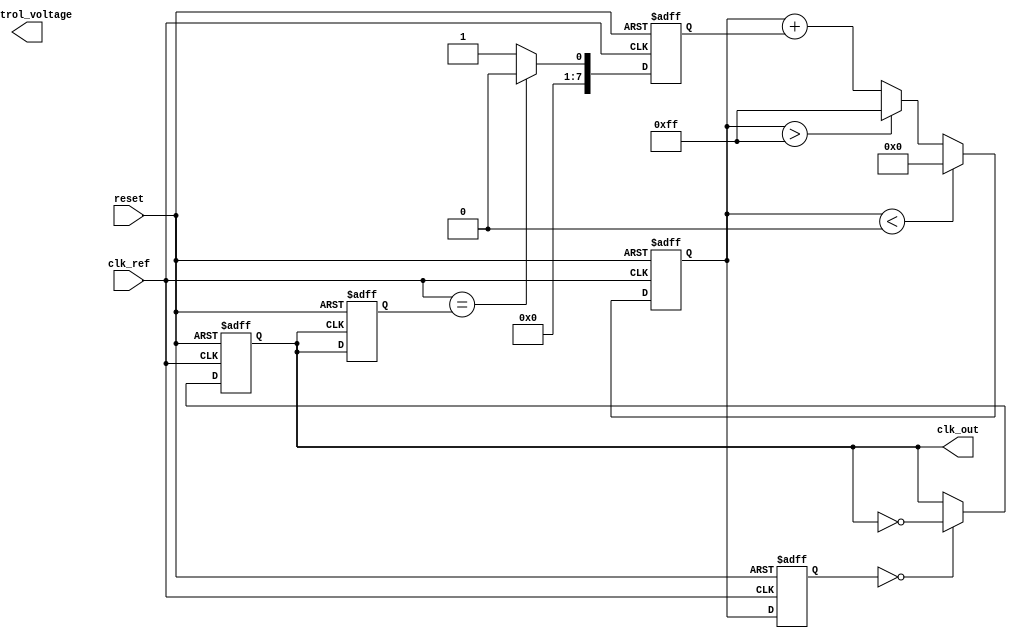
module pll_type2 (
    input wire clk_ref,          // Reference clock input
    input wire reset,            // Asynchronous reset
    output reg clk_out,          // Output clock
    output reg [7:0] control_voltage // Control voltage for VCO (for simplicity)
);

// Parameters
parameter N = 8;                // Frequency divider value
parameter Kp = 1;               // Proportional gain for phase detector
parameter Ki = 1;               // Integral gain for loop filter
parameter VCO_MAX = 255;        // Maximum control voltage
parameter VCO_MIN = 0;          // Minimum control voltage

// Internal signals
reg [7:0] phase_error;          // Phase error signal
reg [7:0] integral;             // Integral value for loop filter
reg clk_feedback;               // Feedback clock signal
reg [7:0] vco_output;           // VCO output frequency

// Phase Detector (PD)
always @(posedge clk_ref or posedge reset) begin
    if (reset) begin
        phase_error <= 0;
    end else begin
        // Simple phase comparison (for demonstration)
        if (clk_ref == clk_feedback) begin
            phase_error <= 0; // No phase error
        end else begin
            phase_error <= Kp; // Phase error detected
        end
    end
end

// Loop Filter (LF)
always @(posedge clk_ref or posedge reset) begin
    if (reset) begin
        integral <= 0;
    end else begin
        integral <= integral + phase_error; // Simple integral
        // Limit integral to avoid overflow
        if (integral > VCO_MAX) integral <= VCO_MAX;
        if (integral < VCO_MIN) integral <= VCO_MIN;
    end
end

// Voltage-Controlled Oscillator (VCO)
always @(posedge clk_ref or posedge reset) begin
    if (reset) begin
        vco_output <= VCO_MIN;
        clk_out <= 0;
    end else begin
        // Control voltage affects frequency
        vco_output <= integral; // Control voltage from loop filter
        // Generate output clock based on VCO output
        clk_out <= (vco_output[N-1:0] == 0) ? ~clk_out : clk_out; // Simple toggle
    end
end

// Feedback Path
always @(posedge clk_out or posedge reset) begin
    if (reset) begin
        clk_feedback <= 0;
    end else begin
        // Feedback clock (divide by N for demonstration)
        clk_feedback <= clk_out; // For simplicity, directly feedback
    end
end

endmodule